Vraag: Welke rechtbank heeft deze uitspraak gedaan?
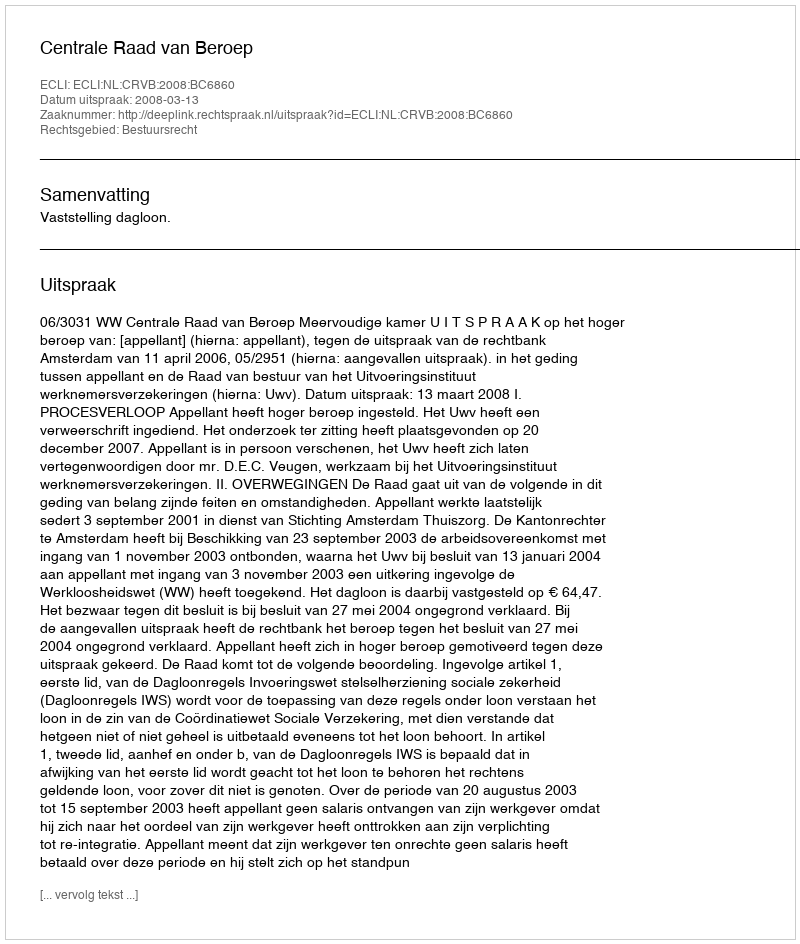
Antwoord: Centrale Raad van Beroep